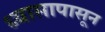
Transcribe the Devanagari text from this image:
ध्यासापासून